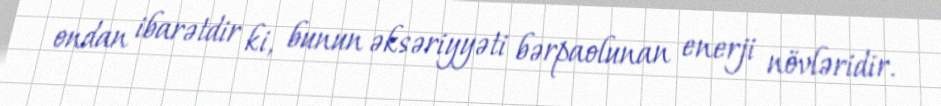
ondan ibarətdir ki, bunun əksəriyyəti bərpaolunan enerji növləridir.